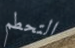
التحطم